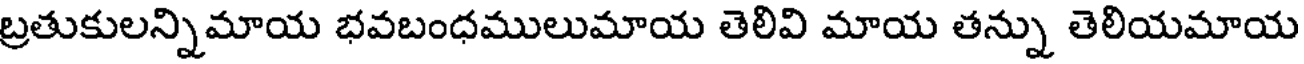
బ్రతుకులన్నిమాయ భవబంధములుమాయ తెలివి మాయ తన్ను తెలియమాయ